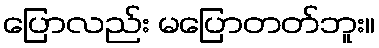
ပြောလည်း မပြောတတ်ဘူး။